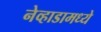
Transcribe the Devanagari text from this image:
नेव्हाडामध्ये